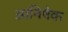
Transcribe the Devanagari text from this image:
आनिषेक